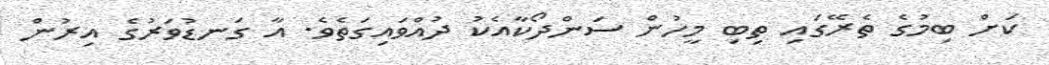
ކަށް ބިމުގެ ތެރޭގައި ތިބި މީހުން ސަންދޯކާއެކު ދުއްވައިގަތެވެ. އާ ގަނޑުވަރުގެ އިރުން